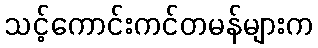
သင့်ကောင်းကင်တမန်များက